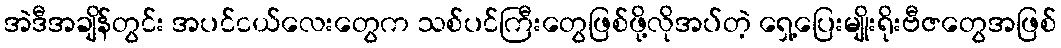
အဲဒီအချိန်တွင်း အပင်ငယ်လေးတွေက သစ်ပင်ကြီးတွေဖြစ်ဖို့လိုအပ်တဲ့ ရှေ့ပြေးမျိုးရိုးဗီဇတွေအဖြစ်